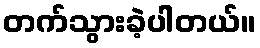
တက်သွားခဲ့ပါတယ်။